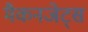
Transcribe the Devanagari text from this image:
मैकनजेट्स